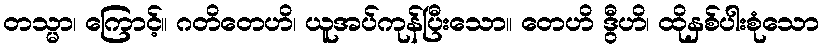
တသ္မာ၊ ကြောင့်။ ဂတိတေဟိ၊ ယူအပ်ကုန်ပြီးသော။ တေဟိ ဒွီဟိ၊ ထိုနှစ်ပါးစုံသော